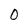
Character: 0